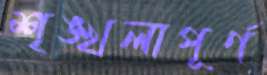
শৃঙ্খলাপূর্ণ